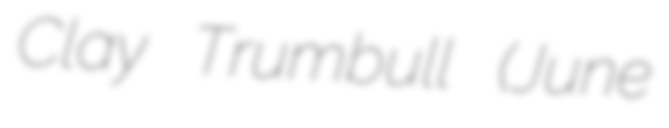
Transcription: Clay Trumbull (June